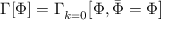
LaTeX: \Gamma [ \Phi ] = \Gamma _ { k = 0 } { \big [ } \Phi , { \bar { \Phi } } = \Phi { \big ] }